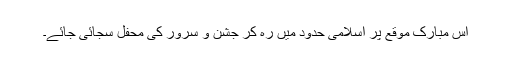
اس مبارک موقع پر اسلامی حدود میں رہ کر جشن و سرور کی محفل سجائی جائے۔